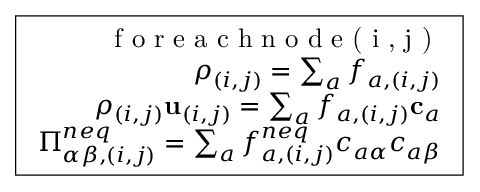
\boxed { \begin{array} { r c l } { \textrm { f o r e a c h n o d e ( i , j ) } } \\ { \rho _ { ( i , j ) } = \sum _ { a } f _ { a , ( i , j ) } } \\ { \rho _ { ( i , j ) } \mathbf { u } _ { ( i , j ) } = \sum _ { a } f _ { a , ( i , j ) } \mathbf { c } _ { a } } \\ { \Pi _ { \alpha \beta , ( i , j ) } ^ { n e q } = \sum _ { a } f _ { a , ( i , j ) } ^ { n e q } c _ { a \alpha } c _ { a \beta } } \end{array} }